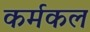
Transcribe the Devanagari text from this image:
कर्मकल